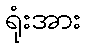
ရုံးအား